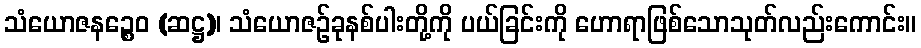
သံယောဇနဉ္စေဝ (ဆဋ္ဌ)၊ သံယောဇဉ်ခုနစ်ပါးတို့ကို ပယ်ခြင်းကို ဟောရာဖြစ်သောသုတ်လည်းကောင်း။